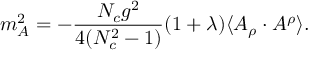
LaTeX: m _ { A } ^ { 2 } = - \frac { N _ { c } g ^ { 2 } } { 4 ( N _ { c } ^ { 2 } - 1 ) } ( 1 + \lambda ) \langle A _ { \rho } \cdot A ^ { \rho } \rangle .